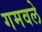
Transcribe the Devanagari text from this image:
गमवले